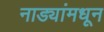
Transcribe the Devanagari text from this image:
नाड्यांमधून